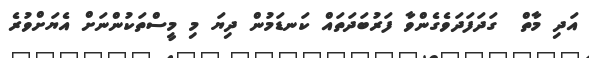
އަދި މާތް  ގަދަފަދަވެގެންވާ ފަރުބަދަތައް ކަނޑަމުން ދިޔަ މި މީސްތަކުންނަށް އެޔަށްވުރެ